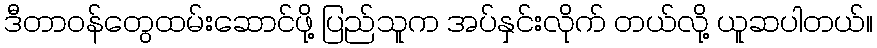
ဒီတာဝန်တွေထမ်းဆောင်ဖို့ ပြည်သူက အပ်နှင်းလိုက် တယ်လို့ ယူဆပါတယ်။